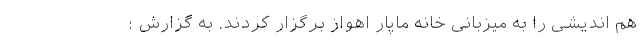
هم اندیشی را به میزبانی خانه ماپار اهواز برگزار کردند. به گزارش ؛